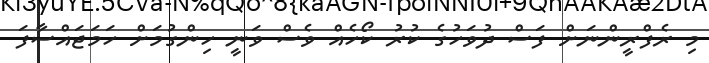
މި ރެފްރީންނަށް ފަސް ދުވަހުގެ ކުރު ކޯހެއް ވެސް ވަނީ ހިންގުމަށް ހަމަޖައްސާފަ